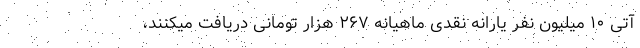
آتی ۱۰ میلیون نفر یارانه نقدی ماهیانه ۲۶۷ هزار تومانی دریافت میکنند،